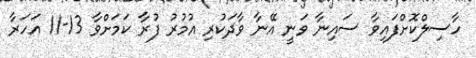
ހާސިލްކޮށްފައިވާ ސައިނާ ވަނީ އޭނާ ވާދަކުރި އުމުރު ފުރާ ކަމަށްވާ 13-11 އަހަރާ